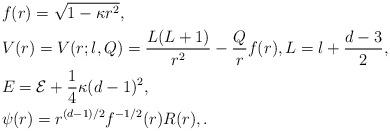
LaTeX: \begin{align*} & f(r) = \sqrt{1-\kappa r^2}, \\ & V(r) = V(r;l,Q) = \frac{L(L+1)}{r^2} - \frac{Q}{r}f(r), L = l + \frac{d-3}{2}, \\ & E = {\cal E} + \frac{1}{4} \kappa (d-1)^2, \\ & \psi(r) = r^{(d-1)/2} f^{-1/2}(r) R(r),. \end{align*}